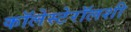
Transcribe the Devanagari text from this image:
कॉलेस्टेरॉलशी